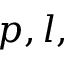
p , l ,